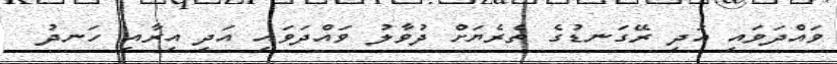
ވައްދަވައި އަދި ރޭގަނޑުގެ ތެރެޔަށް ދުވާލު ވައްދަވައި އަދި އިރާއި ހަނދު